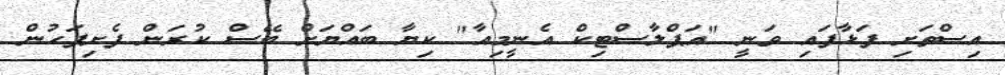
އިސްތަށި ފަޅާފައި ވަނީ "އަޕްލާސްޓިކް އެނީމިއާ" ކިޔާ ބައްޔަށް ބޭސް ކުރަން ފެށިފަހުން